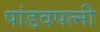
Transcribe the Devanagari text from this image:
पांडवपत्‍नी